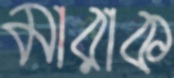
মারাক